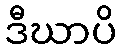
ဒီဃာပိ